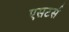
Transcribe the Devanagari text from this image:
एसटर्स